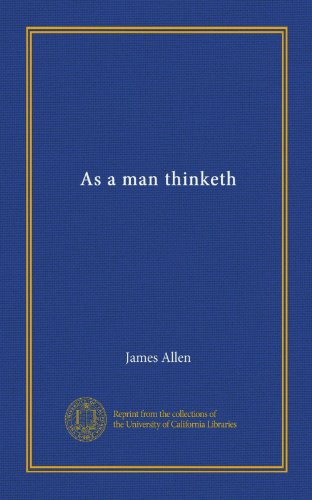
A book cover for As a man thinketh; James Allen; Reference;